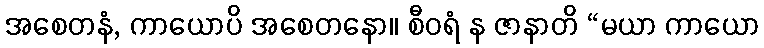
အစေတနံ, ကာယောပိ အစေတနော။ စီဝရံ န ဇာနာတိ “မယာ ကာယော